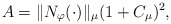
\begin{align*}A = \|N_{\varphi}(\cdot)\|_{\mu} (1 + C_{\mu})^2,\end{align*}